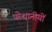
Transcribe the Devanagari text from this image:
परेशानीयों